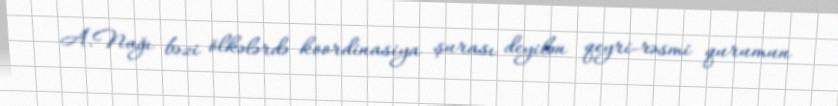
A.Nağı bəzi ölkələrdə koordinasiya şurası deyilən qeyri-rəsmi qurumun